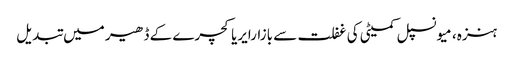
ہنزہ، میونسپل کمیٹی کی غفلت سے بازارایریاکچرے کے ڈھیر میں تبدیل